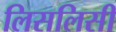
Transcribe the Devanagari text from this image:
लिसलिसी